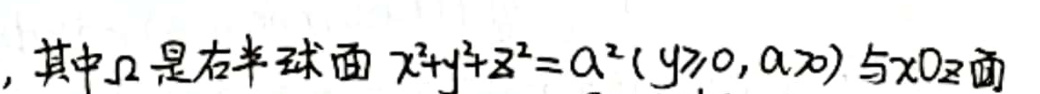
, 其中\(\Omega\)是右半球面\(x^{2}+y^{2}+z^{2}=a^{2}(y\geqslant0,a > 0)\)与\(xOz\)面